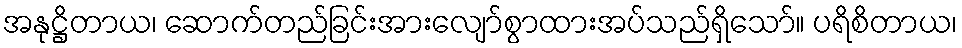
အနုဋ္ဌိတာယ၊ ဆောက်တည်ခြင်းအားလျော်စွာထားအပ်သည်ရှိသော်။ ပရိစိတာယ၊